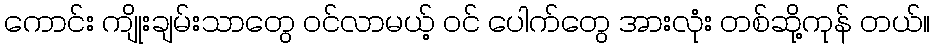
ကောင်း ကျိုးချမ်းသာတွေ ဝင်လာမယ့် ဝင် ပေါက်တွေ အားလုံး တစ်ဆို့ကုန် တယ်။